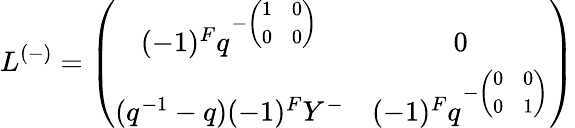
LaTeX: L^{(-)}=\left(\begin{array}{cc}{{(-1)^{F}q^{-\left(\begin{array}{cc}{{1}}&{{0}}\\ {{0}}&{{0}}\end{array}\right)}}}&{{0}}\\ {{(q^{-1}-q)(-1)^{F}Y^{-}}}&{{(-1)^{F}q^{-\left(\begin{array}{cc}{{0}}&{{0}}\\ {{0}}&{{1}}\end{array}\right)}}}\end{array}\right)